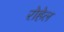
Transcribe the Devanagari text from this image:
रोहेल